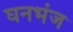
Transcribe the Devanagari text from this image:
घनभंज